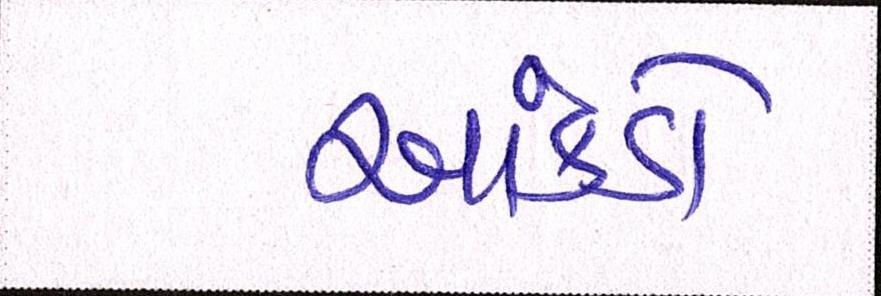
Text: આંકડો